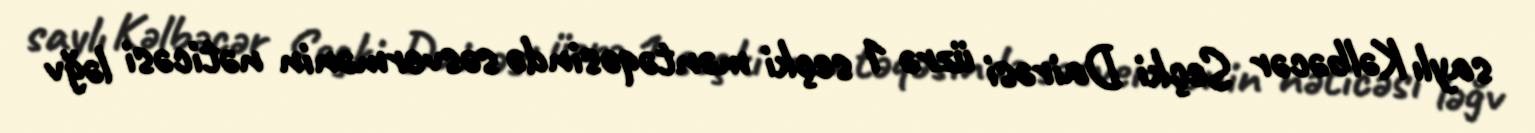
saylı Kəlbəcər Seçki Dairəsi üzrə 1 seçki məntəqəsində səsvermənin nəticəsi ləğv